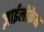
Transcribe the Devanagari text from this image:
ज़ाईलोकेन